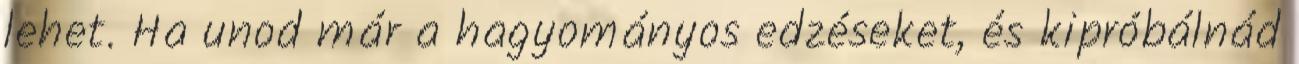
lehet. Ha unod már a hagyományos edzéseket, és kipróbálnád